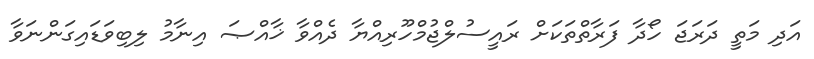
އަދި މަތީ ދަރަޖަ ހޯދާ ފަރާތްތަކަށް ރައީސުލްޖުމްހޫރިއްޔާ ދެއްވާ ޚާއްޞަ އިނާމު ލިބިވަޑައިގަންނަވާ